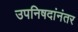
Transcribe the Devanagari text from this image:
उपनिषदांनंतर